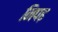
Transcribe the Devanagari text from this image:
निपढ़